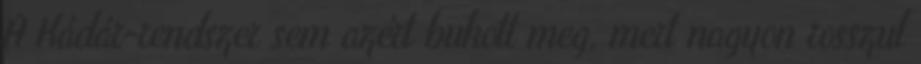
A Kádár-rendszer sem azért bukott meg, mert nagyon rosszul